King Institute of Preventive Medicine Micro-Biological Section reports 1909-11
Year: 1909
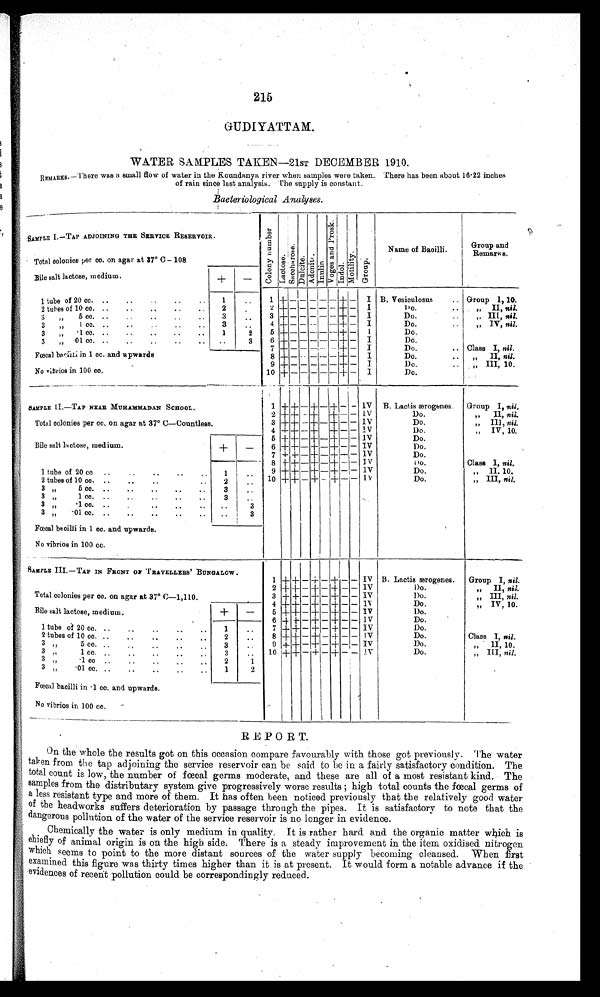
215
GUDIYATTAM.
WATER SAMPLES TAKEN-21sT DECEMBER 1910.
REMARKS.—There was a small flow of water in the Koundanya river when samples were taken. There has been about 16 .22 inches
of rain since last analysis. The supply is constant.
Bcteriological Analyses.
SAMPLE I.—TAP ADJOINING THE SERVICE RESERVOIR.
Total colonies per co. on agar at 37° 0- 108
C o l o n y n u m b e r
L a c t o s e .
S a c c h a r o s e .
D u l c i t e .
A d o n i t e .
I n u l i n .
V o g e s a n d P r o s k .
I n d o l .
M o t i l i t y .
G r o u p .
Name of Bacilli.
G r o u p a n d
Remarks.
Bile salt lactose, medium.
+
–
1 tube of 20 cc. ..
..
1
..
1 +
–
--
– – –
+
–
I B. Vesicu
losus
.. Group 1, 10.
2
+ – – – – –
+
–
I
Do.
..
„ II, nil.
2 tubes of 10 cc...
..
..
..
..
2
3
„
5 cc. ..
3
. .
3
+
–
– – –
– + – I Do.
..
„ III, nil.
4 +
– – – –
–
+
–
I
Do.
..
„ IV, nil.
3 „ 1 cc.
..
3
.
3 " .1 cc.
3
5 +
_ _ _ _ _ + _
I
Do.
6 +
– – _ _
_
+
_
I
Do.
3
„
.01 cc. .. . . .. .. ..
..
3
7
+ _ _ _ _
_
+
_
I
Do.
.. Class I, nil ,
Fœcal bacilli m 1 cc. and upwards
No vibrios in 100 cc.
8 +
_ _ _ _
_ + _
I
Do.
„ II,
nil.
9
+ _ _ _ _ _ + _
I
Do.
.
„ III, 10.
10 +
_ _ _ _ _
+
_
I
Do.
1 + +
_ + _ + _ _
IV B. Lactis ærogenes
Group I, nil.
SAMPLE II.—TAP NEAR MUHAMMADAN SCHOOL.
Total colonies per cc. on agar at 37° C—Countless.
2
+ +
_ + _
+ _ _
I V Do.
„ II, nil.
3
+
+
_
+
_
+
_ _
IV
Do.
„ III, nil.
4
+ + _ + _
+ _ _
IV
Do.
„ IV, 10.
5 + +
_ + _ + _ _
IV
Do.
Bile salt lactose, medium.
+
6 +
+ _ + _
+ _ _
IV
Do.
.
7 +
+ _ + _
+ _ _
IV
Do.
8 + + _ + _
+ _ _
IV
Do.
Class 1, nil.
1 tube of 20 cc ..
1
..
9 + + _ + _
+ _ _
1V
Do.
„ II, 10.
10
+
+
_
+ _
+
_
_
1V
Do.
„ III, nil.
2 tubes of 10 co. ..
..
..
..
2
3
5 cc. ..
..
..
..
..
3
. .
3 „
1 c c .
. .
. .
. .
. .
. .
3
. .
3
.1 oc. ..
3
3 „
.01 cc. ..
..
..
..
..
..
3
Fœcal bacilli in 1 cc. and upwards.
No vibrios in 100 cc.
SAMPLE III.—TAP IN FRONT OP TRAVELLERS' BUNGALOW.
Total colonies per cc. on agar at 37° C—1,110.
1
+
+ _
+
_ + _ _
IV B. Lactis ærogenes.
Group I, nil.
2
+ + _ + _ _
+ _ _
IV
Do.
„
II, nil.
3
+ + _ + _
+ _ _
IV
Do.
„ III, nil.
4
+ + _ + _
+ _ _
I V Do.
„ IV, 10.
Bile salt lactose, medium.
+
—
5
+ + _ + _
+ _ _
IV
Do.
6
+ + _ + _
+ _ _
IV
Do.
1 tube of 20 cc. ..
..
..
..
..
1
..
7
+ +
+ _
+
_
IV
Do.
8
+ + _ + _
+ _ _
IV
Do.
Class I, nil .
2 tubes of 10 cc. ..
..
2
..
9
+ + _ + _
+ _ _ I V
Do.
„
II,, 10.
3
3 „ 5 cc.
3
. .
10
+
+ _ + _
+ _ _
I V Do.
„ III, nil.
3 „ 1 cc.
3
. .
3 „ .1 cc.
2
1
3 ,,
.01 cc. . .
..
..
..
1
2
Fœtal bacilli in .1 cc. and upwards.
No vibrios in 100 cc.
REPORT.
On the whole the results got on this occasion compare favourably with those got previously. The water
taken from the tap adjoining the service reservoir can be said to be in a fairly satisfactory condition. The
total count is low, the number of fœcal germs moderate, and these are all of a most resistant kind. The
samples from the distributary system give progressively worse results ; high total counts the foetal germs of
a less resistant type and more of them. It has often been noticed previously that the relatively good water
of the eadworks suffers deterioration by passage through the pipes. It is satisfactory to note that the
dangerouspollution of the water of the service reservoir is no longer in evidence.
Chemically the water is only medium in quality. It is rather hard and the organic matter which is
chiefly of animal origin is on the high side. There is a steady improvement in the item oxidised nitrogen
which seems to point to the more distant sources of the water supply becoming cleansed. When first
examined this figure was thirty times higher than it is at present. It would form a notable advance if the
evidences of recent pollution could be correspondingly reduced.